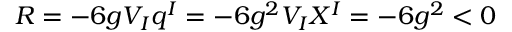
R = - 6 g V _ { I } q ^ { I } = - 6 g ^ { 2 } V _ { I } X ^ { I } = - 6 g ^ { 2 } < 0